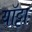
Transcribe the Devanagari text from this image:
यॉट्टा